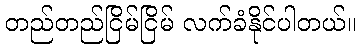
တည်တည်ငြိမ်ငြိမ် လက်ခံနိုင်ပါတယ်။